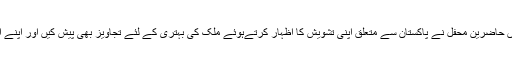
اہلِ فکر و دانش کے اس اجتماع میں حاضرینِ محفل نے پاکستان سے متعلق اپنی تشویش کا اظہار کرتےہوئے ملک کی بہتری کے لئے تجاویز بھی پیش کیں اور اپنے اپنے خیالات کا کھل کر اظہار کیا۔